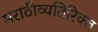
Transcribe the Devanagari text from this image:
मराठीव्यतिरिक्त